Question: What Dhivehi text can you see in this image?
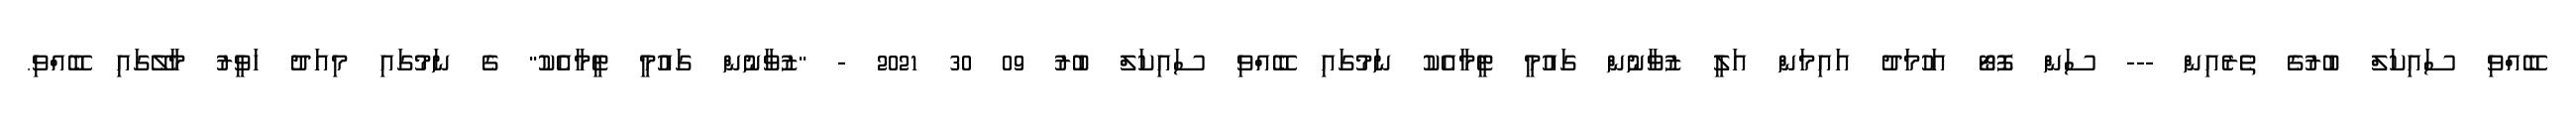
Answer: ބޭއްވި ސައިކަލް ބުރުގެ ތެރެއިން --- ސަން ފޮޓޯ އަހުމަދު އައިމަން އަލީ ޒުވާނުން ގައުމީ ޓީމާއެކު ނަމުގައި ބޭއްވި ސައިކަލް ބުރު 09 30 2021 - "ޒުވާނުން ގައުމީ ޓީމާއެކު" ގެ ނަމުގައި މިއަދު ހަވީރު މާލޭގައި ބޭއްވި.